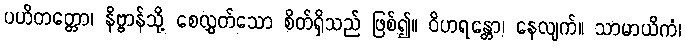
ပဟိတတ္တော၊ နိဗ္ဗာန်သို့ စေလွှတ်သော စိတ်ရှိသည် ဖြစ်၍။ ဝိဟရန္တော၊ နေလျက်။ သာမာယိကံ၊